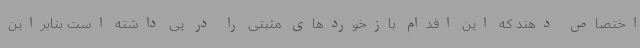
اختصاص دهند که این اقدام بازخوردهای مثبتی را در پی داشته است بنابراین